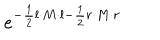
e ^ { - \frac { 1 } { 2 } l \cdot M \cdot l - \frac { 1 } { 2 } r \cdot M \cdot r }